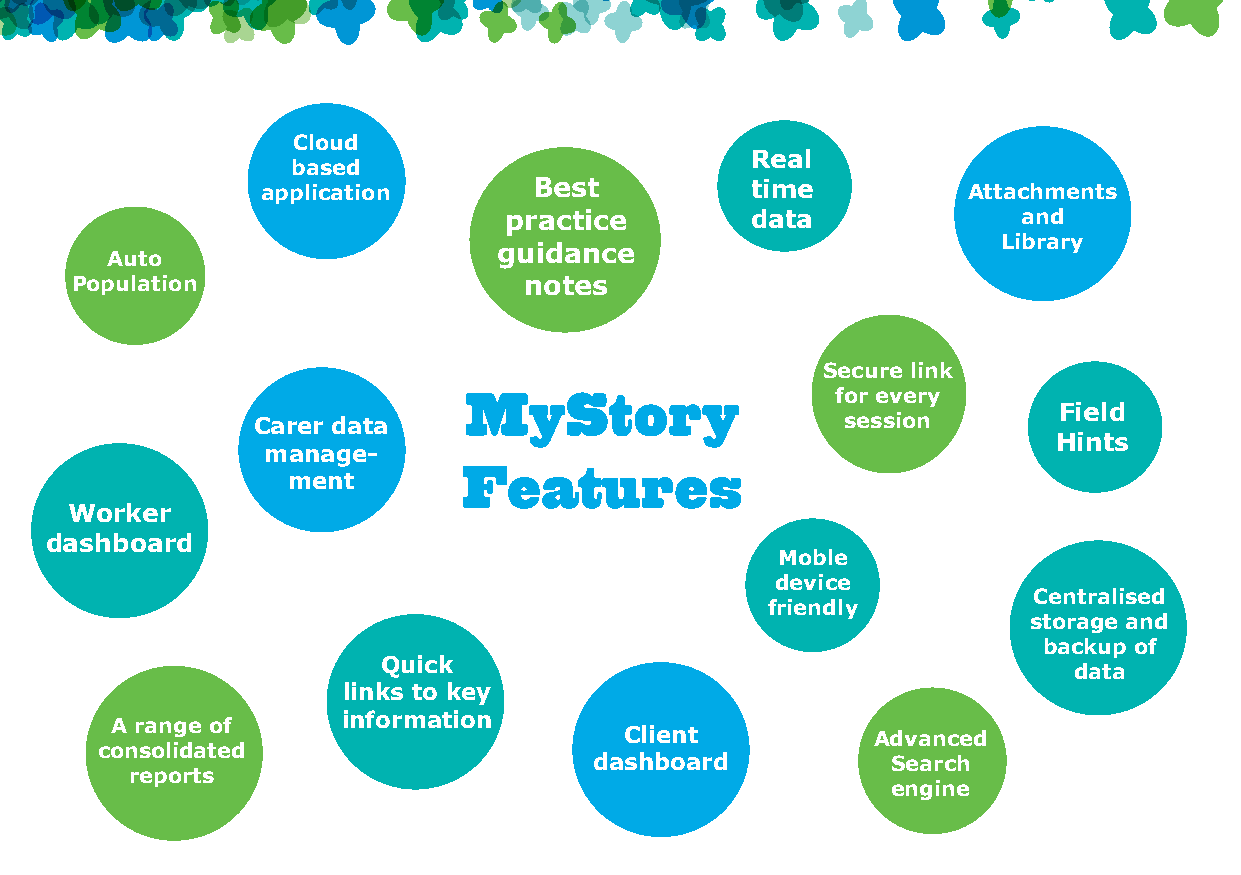
Cloud
 Real
 based
 application       Best           time          Attachments
 practice         data              and
 Library
 guidance
 Auto
 Population                    notes
 Secure link
 MyStory                 for every
 Field
 Carer data                             session
 Hints
 manage-
 Features
 ment
 Worker
 dashboard
 Moble
 device
 Centralised
 friendly
 storage and
 backup of
 Quick
 data
 links to key
 information
 A range of
 Client           Advanced
 consolidated
 dashboard           Search
 reports
 engine